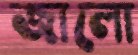
জালো